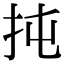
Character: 扽